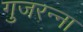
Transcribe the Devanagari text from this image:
गुजरन्ना